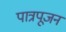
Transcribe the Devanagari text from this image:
पात्रपूजन